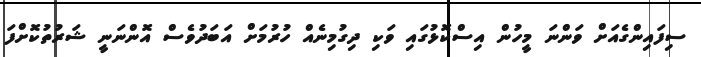
ސިފައިންގެއަށް ވަންނަ މީހުން އިސްކޮޅުގައި ވަކި ދިގުމިނެއް ހުރުމަށް އަބަދުވެސް އޮންނަނީ ޝަރުތުކޮށްފަ